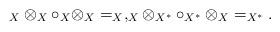
LaTeX: \begin{align*}_X\otimes _X \circ _X\otimes _X=_X,_X \otimes _{X^*} \circ _{X^*}\otimes _X=_{X^*}.\end{align*}